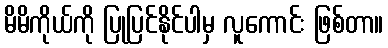
မိမိကိုယ်ကို ပြုပြင်နိုင်ပါမှ လူကောင်း ဖြစ်တာ။